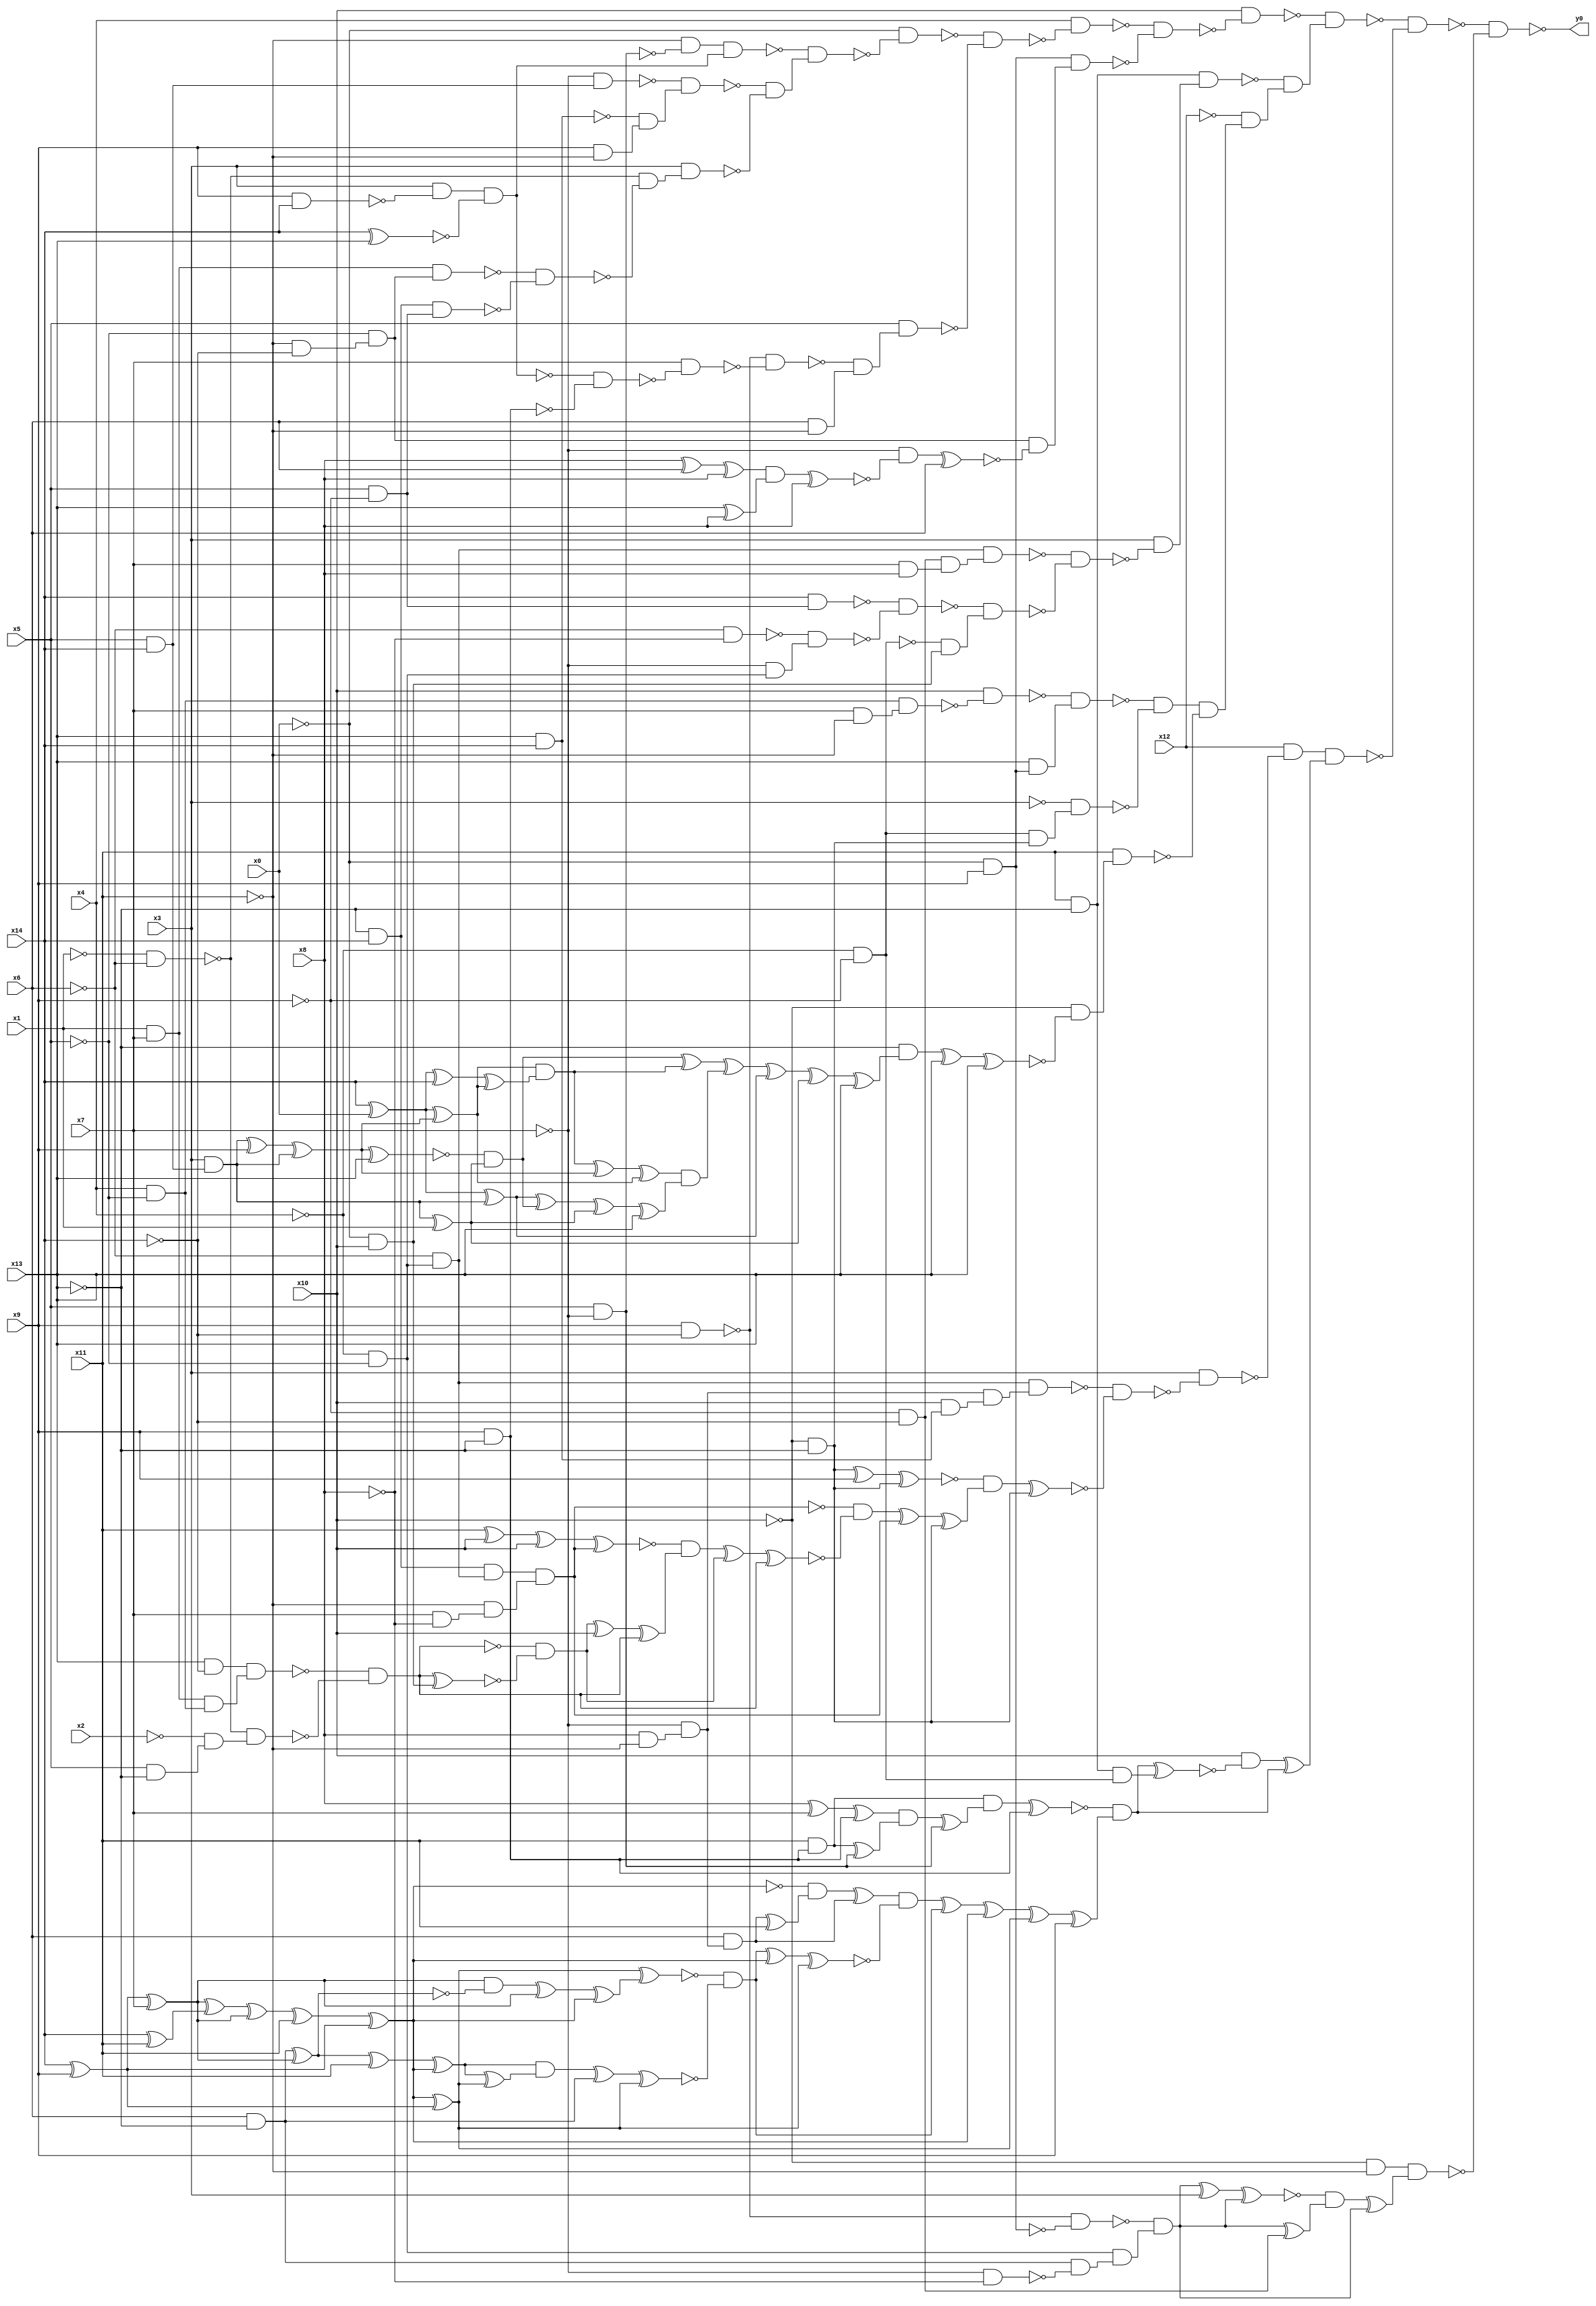
module top( x0 , x1 , x2 , x3 , x4 , x5 , x6 , x7 , x8 , x9 , x10 , x11 , x12 , x13 , x14 , y0 );
  input x0 , x1 , x2 , x3 , x4 , x5 , x6 , x7 , x8 , x9 , x10 , x11 , x12 , x13 , x14 ;
  output y0 ;
  wire n16 , n17 , n18 , n19 , n20 , n21 , n22 , n23 , n24 , n25 , n26 , n27 , n28 , n29 , n30 , n31 , n32 , n33 , n34 , n35 , n36 , n37 , n38 , n39 , n40 , n41 , n42 , n43 , n44 , n45 , n46 , n47 , n48 , n49 , n50 , n51 , n52 , n53 , n54 , n55 , n56 , n57 , n58 , n59 , n60 , n61 , n62 , n63 , n64 , n65 , n66 , n67 , n68 , n69 , n70 , n71 , n72 , n73 , n74 , n75 , n76 , n77 , n78 , n79 , n80 , n81 , n82 , n83 , n84 , n85 , n86 , n87 , n88 , n89 , n90 , n91 , n92 , n93 , n94 , n95 , n96 , n97 , n98 , n99 , n100 , n101 , n102 , n103 , n104 , n105 , n106 , n107 , n108 , n109 , n110 , n111 , n112 , n113 , n114 , n115 , n116 , n117 , n118 , n119 , n120 , n121 , n122 , n123 , n124 , n125 , n126 , n127 , n128 , n129 , n130 , n131 , n132 , n133 , n134 , n135 , n136 , n137 , n138 , n139 , n140 , n141 , n142 , n143 , n144 , n145 , n146 , n147 , n148 , n149 , n150 , n151 , n152 , n153 , n154 , n155 , n156 , n157 , n158 , n159 , n160 , n161 , n162 , n163 , n164 , n165 , n166 , n167 , n168 , n169 , n170 , n171 , n172 , n173 , n174 , n175 , n176 , n177 , n178 , n179 , n180 , n181 , n182 , n183 , n184 , n185 , n186 , n187 , n188 , n189 , n190 , n191 , n192 , n193 , n194 , n195 , n196 , n197 , n198 , n199 , n200 , n201 , n202 , n203 , n204 , n205 , n206 , n207 , n208 , n209 , n210 , n211 , n212 , n213 , n214 , n215 , n216 , n217 , n218 , n219 , n220 , n221 ;
  assign n16 = x5 & ~x7 ;
  assign n17 = ~x11 & ~n16 ;
  assign n18 = x9 & x14 ;
  assign n19 = x3 & ~n18 ;
  assign n20 = x14 ^ x13 ;
  assign n21 = n19 & ~n20 ;
  assign n22 = n17 & n21 ;
  assign n23 = x5 & x14 ;
  assign n24 = ~x7 & n23 ;
  assign n25 = x13 & x14 ;
  assign n26 = x9 & ~x11 ;
  assign n27 = ~n25 & n26 ;
  assign n28 = ~n24 & n27 ;
  assign n29 = ~x1 & ~x6 ;
  assign n30 = x1 & x7 ;
  assign n31 = ~x11 & ~x14 ;
  assign n32 = ~x5 & n31 ;
  assign n33 = n30 & n32 ;
  assign n34 = ~x13 & x14 ;
  assign n35 = x5 & ~x9 ;
  assign n36 = n34 & n35 ;
  assign n37 = ~n33 & ~n36 ;
  assign n38 = ~n29 & ~n37 ;
  assign n39 = x3 & n38 ;
  assign n40 = ~n28 & ~n39 ;
  assign n41 = ~n22 & n40 ;
  assign n42 = ~x0 & ~n41 ;
  assign n43 = x9 & ~x14 ;
  assign n44 = x9 & ~x13 ;
  assign n45 = ~n21 & ~n44 ;
  assign n46 = x7 & ~n45 ;
  assign n47 = ~n43 & ~n46 ;
  assign n48 = x6 & ~x11 ;
  assign n49 = ~n47 & n48 ;
  assign n50 = x5 & n49 ;
  assign n51 = ~n42 & ~n50 ;
  assign n52 = x4 & ~n51 ;
  assign n53 = ~x0 & x9 ;
  assign n54 = x8 ^ x6 ;
  assign n55 = n54 ^ x8 ;
  assign n56 = x13 ^ x8 ;
  assign n57 = n55 & n56 ;
  assign n58 = n57 ^ x8 ;
  assign n59 = ~x7 & ~n58 ;
  assign n60 = n59 ^ x6 ;
  assign n61 = n32 & ~n60 ;
  assign n62 = n53 & n61 ;
  assign n63 = ~n52 & ~n62 ;
  assign n64 = x10 & ~n63 ;
  assign n65 = x11 & ~x13 ;
  assign n66 = ~x4 & ~x5 ;
  assign n67 = ~x6 & n66 ;
  assign n68 = ~x9 & ~x14 ;
  assign n69 = x7 & x8 ;
  assign n70 = n68 & n69 ;
  assign n71 = n67 & n70 ;
  assign n72 = x14 & n35 ;
  assign n73 = ~x6 & ~x8 ;
  assign n74 = ~x7 & n66 ;
  assign n75 = ~n73 & n74 ;
  assign n76 = ~n72 & ~n75 ;
  assign n77 = ~x4 & ~x9 ;
  assign n78 = ~x0 & x10 ;
  assign n79 = ~n77 & n78 ;
  assign n80 = ~n76 & n79 ;
  assign n81 = ~n71 & ~n80 ;
  assign n82 = x3 & ~n81 ;
  assign n83 = n65 & n82 ;
  assign n84 = x4 & ~x5 ;
  assign n85 = x7 & ~x11 ;
  assign n86 = n84 & n85 ;
  assign n87 = x10 & ~n86 ;
  assign n88 = x13 & n53 ;
  assign n89 = ~n87 & n88 ;
  assign n90 = ~x10 & ~x13 ;
  assign n91 = n77 & n90 ;
  assign n92 = ~x3 & n91 ;
  assign n93 = ~n89 & ~n92 ;
  assign n94 = x3 & n23 ;
  assign n95 = n94 ^ x9 ;
  assign n96 = n95 ^ n94 ;
  assign n104 = n96 ^ x13 ;
  assign n105 = n94 ^ x1 ;
  assign n106 = ~n104 & n105 ;
  assign n97 = x14 ^ x0 ;
  assign n98 = n97 ^ n96 ;
  assign n99 = n97 ^ x14 ;
  assign n100 = n99 ^ n98 ;
  assign n101 = n98 & n100 ;
  assign n112 = n106 ^ n101 ;
  assign n102 = n101 ^ n96 ;
  assign n103 = n102 ^ n98 ;
  assign n107 = n97 ^ n94 ;
  assign n108 = n107 ^ n106 ;
  assign n109 = n108 ^ n105 ;
  assign n110 = n109 ^ x13 ;
  assign n111 = n103 & n110 ;
  assign n113 = n112 ^ n111 ;
  assign n114 = n113 ^ n107 ;
  assign n115 = n114 ^ n105 ;
  assign n116 = n115 ^ x13 ;
  assign n117 = ~x13 & n116 ;
  assign n118 = n117 ^ x13 ;
  assign n119 = n118 ^ x13 ;
  assign n120 = ~x10 & ~n119 ;
  assign n121 = x11 & n120 ;
  assign n122 = n93 & ~n121 ;
  assign n123 = ~x12 & n122 ;
  assign n124 = ~n83 & n123 ;
  assign n125 = ~n64 & n124 ;
  assign n126 = x8 & ~x11 ;
  assign n127 = ~x7 & n126 ;
  assign n128 = x10 & n25 ;
  assign n129 = n127 & n128 ;
  assign n130 = n67 & n129 ;
  assign n131 = n90 ^ x9 ;
  assign n132 = n131 ^ n90 ;
  assign n133 = n34 & n67 ;
  assign n134 = x7 & ~x8 ;
  assign n135 = ~x11 & n134 ;
  assign n136 = n133 & n135 ;
  assign n137 = x11 ^ x10 ;
  assign n138 = n137 ^ x10 ;
  assign n139 = n138 ^ n136 ;
  assign n140 = x13 & ~x14 ;
  assign n141 = n30 & n84 ;
  assign n142 = n140 & n141 ;
  assign n143 = x5 & ~x13 ;
  assign n144 = ~x2 & n143 ;
  assign n145 = ~n29 & n144 ;
  assign n146 = ~n142 & ~n145 ;
  assign n147 = n146 ^ n78 ;
  assign n148 = ~n146 & ~n147 ;
  assign n149 = n148 ^ x10 ;
  assign n150 = n149 ^ n146 ;
  assign n151 = ~n139 & n150 ;
  assign n152 = n151 ^ n148 ;
  assign n153 = n152 ^ n146 ;
  assign n154 = ~n136 & ~n153 ;
  assign n155 = n154 ^ n136 ;
  assign n156 = n155 ^ n90 ;
  assign n157 = ~n132 & n156 ;
  assign n158 = n157 ^ n90 ;
  assign n159 = ~n130 & ~n158 ;
  assign n160 = x3 & ~n159 ;
  assign n161 = x12 & ~n160 ;
  assign n163 = x11 & n44 ;
  assign n164 = x8 ^ x7 ;
  assign n165 = n164 ^ n44 ;
  assign n166 = n163 ^ n16 ;
  assign n167 = n165 & n166 ;
  assign n168 = n167 ^ n16 ;
  assign n169 = n163 & n168 ;
  assign n170 = n169 ^ n44 ;
  assign n172 = x14 ^ x9 ;
  assign n173 = n172 ^ x7 ;
  assign n171 = x14 ^ x11 ;
  assign n174 = n173 ^ n171 ;
  assign n175 = n174 ^ n173 ;
  assign n176 = n175 ^ x11 ;
  assign n177 = n176 ^ n172 ;
  assign n178 = x6 & n127 ;
  assign n179 = n178 ^ x11 ;
  assign n180 = ~n177 & n179 ;
  assign n181 = n180 ^ n178 ;
  assign n187 = n177 ^ n172 ;
  assign n182 = x6 & ~x13 ;
  assign n183 = n182 ^ n173 ;
  assign n184 = n173 & ~n183 ;
  assign n185 = n184 ^ n173 ;
  assign n186 = n185 ^ n177 ;
  assign n188 = n187 ^ n186 ;
  assign n189 = n183 ^ x11 ;
  assign n190 = n189 ^ n177 ;
  assign n191 = n190 ^ n187 ;
  assign n192 = n190 & n191 ;
  assign n193 = n192 ^ n182 ;
  assign n194 = n193 ^ n187 ;
  assign n195 = ~n188 & ~n194 ;
  assign n196 = n195 ^ n177 ;
  assign n197 = n196 ^ n187 ;
  assign n198 = n181 & ~n197 ;
  assign n199 = n198 ^ n195 ;
  assign n200 = n199 ^ n177 ;
  assign n201 = n200 ^ n187 ;
  assign n202 = n201 ^ x9 ;
  assign n203 = ~n170 & n202 ;
  assign n162 = n65 & n77 ;
  assign n204 = n203 ^ n162 ;
  assign n205 = x10 & ~n204 ;
  assign n206 = n205 ^ n203 ;
  assign n207 = n161 & n206 ;
  assign n208 = ~n125 & ~n207 ;
  assign n209 = ~x10 & ~x11 ;
  assign n210 = ~n43 & ~n53 ;
  assign n211 = ~x7 & ~x8 ;
  assign n212 = n182 & ~n211 ;
  assign n213 = n66 & n212 ;
  assign n214 = ~n210 & n213 ;
  assign n215 = n214 ^ x3 ;
  assign n216 = n215 ^ n214 ;
  assign n217 = n214 ^ n68 ;
  assign n218 = ~n216 & n217 ;
  assign n219 = n218 ^ n214 ;
  assign n220 = n209 & n219 ;
  assign n221 = ~n208 & ~n220 ;
  assign y0 = ~n221 ;
endmodule